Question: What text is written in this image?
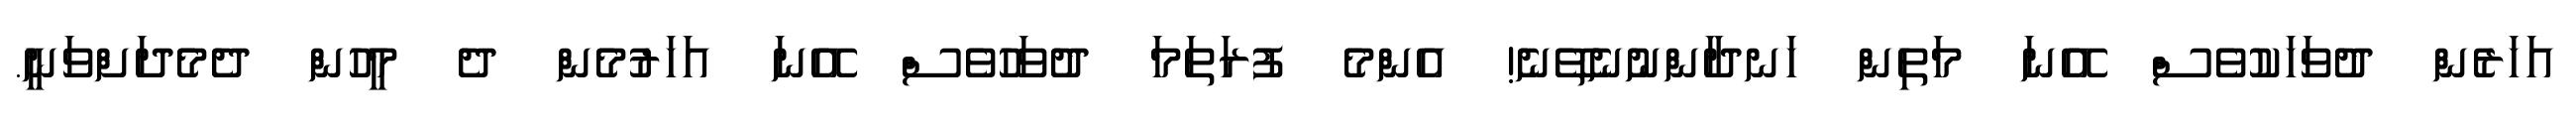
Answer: އަހަރެން ދުވަހަކުވެސް އޭނަ މަތިން ހަނދާންނުނެތޭނެ! އެންމެ ފުރަތަމަ ދުވަހުވެސް އޭނަ އަހަރުމެން ދެ މީހުން ދެމެދަށްވަނީ.